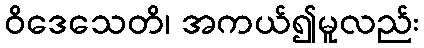
ဝိဒေသေတိ၊ အကယ်၍မူလည်း